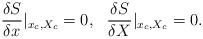
LaTeX: \begin{align*}\frac{\delta S}{\delta x}|_{x_c,X_c} = 0, \ \ \frac{\delta S}{\delta X}|_{x_c,X_c} = 0.\end{align*}